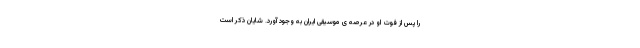
را پس از فوت او در عرصه ی موسیقی ایران به وجود آورد. شایان ذکر است